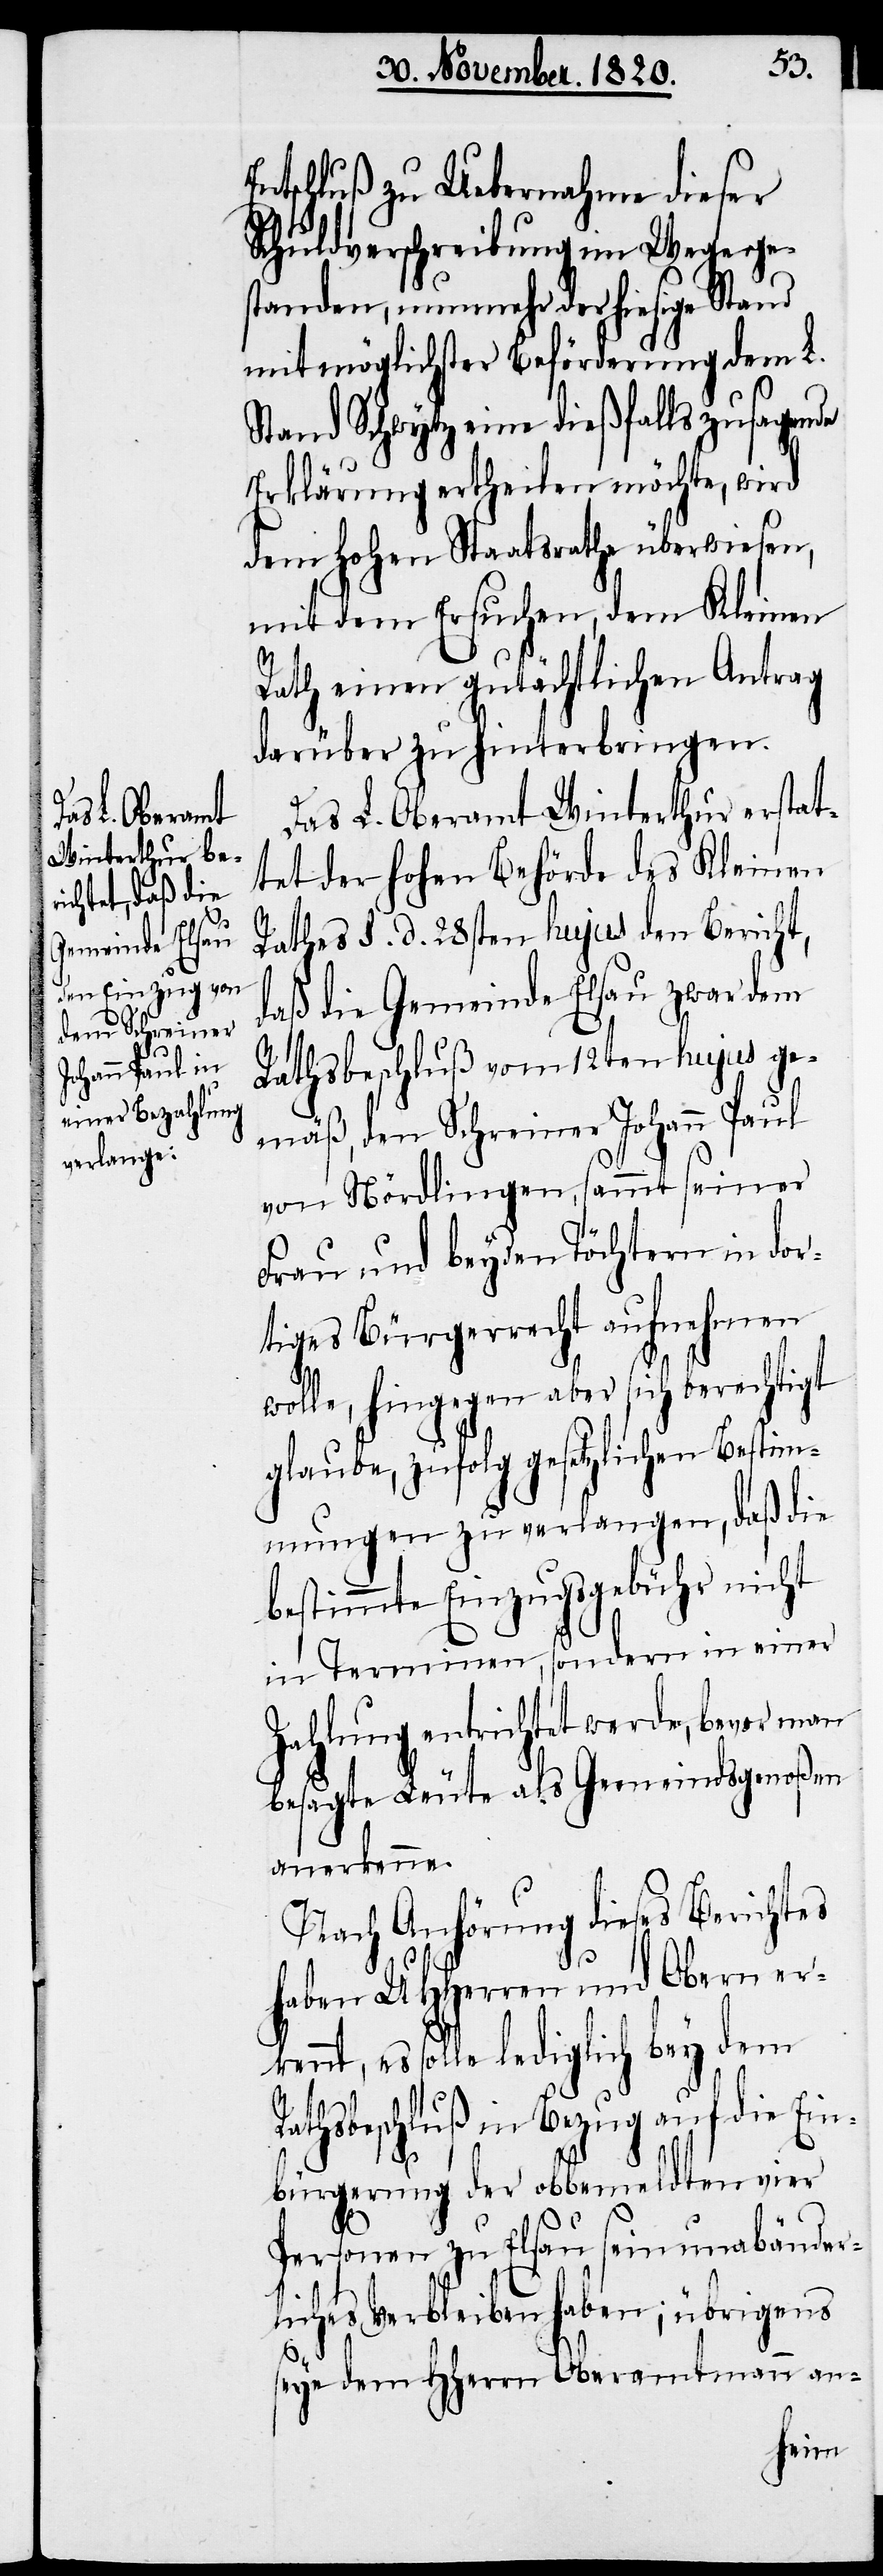
Entschluß zu Uebernahme dieser
Schuldverschreibung im Wege ge¬
standen, nunmehr der hiesige Stand
mit möglichster Beförderung dem L.
Stand Schwytz eine dießfalls zusagende
Erklärung ertheilen möchte, wird
dem hohen Staatsrathe überwiesen,
mit dem Ersuchen, dem Kleinen
Rath einen gutächtlichen Antrag
darüber zu hinterbringen.
Das L. Oberamt Winterthur erstat¬
tet der hohen Behörde des Kleinen
Rathes d. d. 28sten hujus den Bericht,
daß die Gemeinde Elsau zwar dem
Rathsbeschluß vom 12ten hujus ge¬
mäß, den Schreiner Johann Paul
von Nördlingen, sammt seiner
Frau und beyden Töchtern in dor¬
tiges Bürgerrecht aufnehmen
wolle, hingegen aber sich berechtigt
glaube, zufolge gesetzlichen Bestim¬
mungen zu verlangen, daß die
bestimmte Einzugsgebühr nicht
in Terminen, sondern in einer
Zahlung entrichtet werde, bevor man
besagte Leute als Gemeindsgenoßen
anerkenne.
Nach Anhörung dieses Berichtes
haben UHHerren und Obern er¬
solle lediglich bey dem
Rathsbeschluß in Bezug auf die Ein¬
bürgerung der obbemeldten vier
Personen zu Elsau sein unabänder¬
liches Verbleiben haben; übrigens
seye dem HHerrn Oberamtmann an-
kennt,